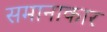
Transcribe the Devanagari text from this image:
समानाकार